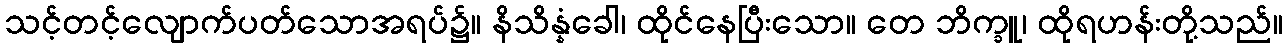
သင့်တင့်လျောက်ပတ်သောအရပ်၌။ နိသိန္နံခေါ၊ ထိုင်နေပြီးသော။ တေ ဘိက္ခူ၊ ထိုရဟန်းတို့သည်။